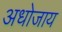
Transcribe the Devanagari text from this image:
अधोजाय